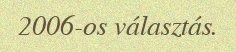
2006-os választás.